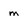
Character: m